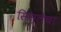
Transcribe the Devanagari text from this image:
सिस्लेचा